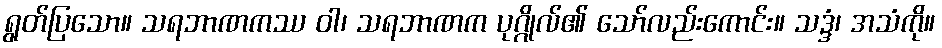
ရွတ်ပြသော။ သရဘာဏကဿ ဝါ၊ သရဘာဏက ပုဂ္ဂိုလ်၏ သော်လည်းကောင်း။ သဒ္ဒံ၊ အသံကို။